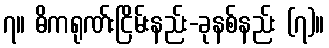
၇။ ဓိကရုဏ်းငြိမ်းနည်း-ခုနစ်နည်း (၇)။